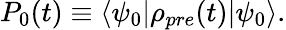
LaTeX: \begin{array}{r}{P_{0}(t)\equiv\langle\psi_{0}|\rho_{pre}(t)|\psi_{0}\rangle.}\end{array}